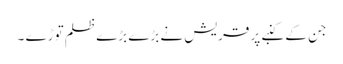
جن کے کنبے پر قریش نے بڑے بڑے ظلم توڑے ۔